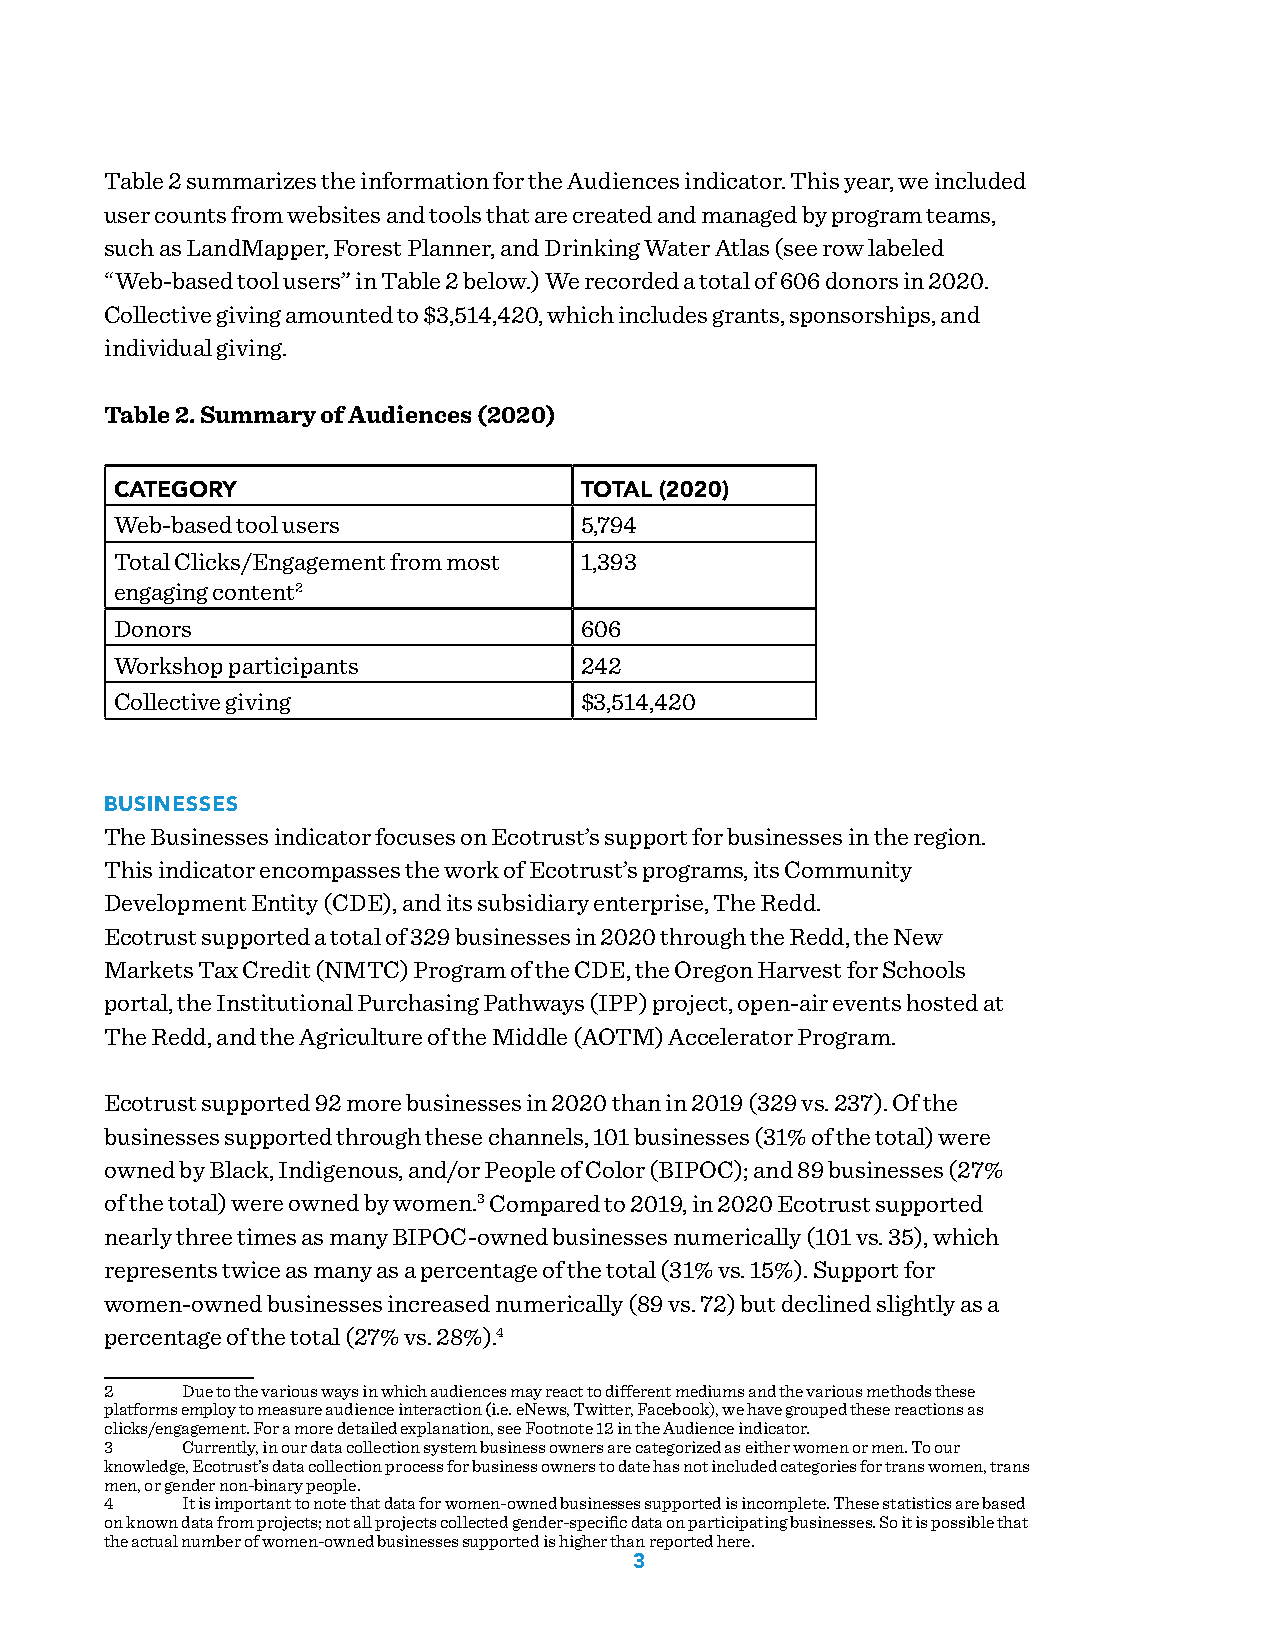
Table 2 summarizes the information for the Audiences indicator. This year, we included
 user counts from websites and tools that are created and managed by program teams,
 such as LandMapper, Forest Planner, and Drinking Water Atlas (see row labeled
 “Web-based tool users” in Table 2 below.) We recorded a total of 606 donors in 2020.
 Collective giving amounted to $3,514,420, which includes grants, sponsorships, and
 individual giving.
 Table 2. Summary of Audiences (2020)
 CATEGORY                      TOTAL (2020)
 Web-based tool users          5,794
 Total Clicks/Engagement from most 1,393
 engaging content2
 Donors                        606
 Workshop participants         242
 Collective giving             $3,514,420
 BUSINESSES
 The Businesses indicator focuses on Ecotrust’s support for businesses in the region.
 This indicator encompasses the work of Ecotrust’s programs, its Community
 Development Entity (CDE), and its subsidiary enterprise, The Redd.
 Ecotrust supported a total of 329 businesses in 2020 through the Redd, the New
 Markets Tax Credit (NMTC) Program of the CDE, the Oregon Harvest for Schools
 portal, the Institutional Purchasing Pathways (IPP) project, open-air events hosted at
 The Redd, and the Agriculture of the Middle (AOTM) Accelerator Program.
 Ecotrust supported 92 more businesses in 2020 than in 2019 (329 vs. 237). Of the
 businesses supported through these channels, 101 businesses (31% of the total) were
 owned by Black, Indigenous, and/or People of Color (BIPOC); and 89 businesses (27%
 of the total) were owned by women.3 Compared to 2019, in 2020 Ecotrust supported
 nearly three times as many BIPOC-owned businesses numerically (101 vs. 35), which
 represents twice as many as a percentage of the total (31% vs. 15%). Support for
 women-owned businesses increased numerically (89 vs. 72) but declined slightly as a
 percentage of the total (27% vs. 28%).4
 2    Due to the various ways in which audiences may react to different mediums and the various methods these
 platforms employ to measure audience interaction (i.e. eNews, Twitter, Facebook), we have grouped these reactions as
 clicks/engagement. For a more detailed explanation, see Footnote 12 in the Audience indicator.
 3    Currently, in our data collection system business owners are categorized as either women or men. To our
 knowledge, Ecotrust’s data collection process for business owners to date has not included categories for trans women, trans
 men, or gender non-binary people.
 4    It is important to note that data for women-owned businesses supported is incomplete. These statistics are based
 on known data from projects; not all projects collected gender-specific data on participating businesses. So it is possible that
 the actual number of women-owned businesses supported is higher than reported here.
 3